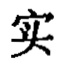
实